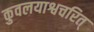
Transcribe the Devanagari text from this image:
कुवलयाश्वचरित्